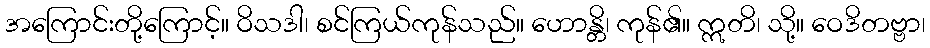
အကြောင်းတို့ကြောင့်။ ဝိသဒါ၊ စင်ကြယ်ကုန်သည်။ ဟောန္တိ၊ ကုန်၏။ ဣတိ၊ သို့။ ဝေဒိတဗ္ဗာ၊